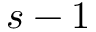
s - 1